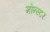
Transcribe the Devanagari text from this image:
मोन्स्टर